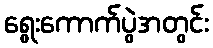
ရွေးကောက်ပွဲအတွင်း